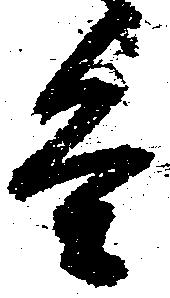
条